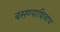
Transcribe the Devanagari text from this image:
बसण्याशिवाय